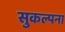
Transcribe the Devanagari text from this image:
सुकल्पना